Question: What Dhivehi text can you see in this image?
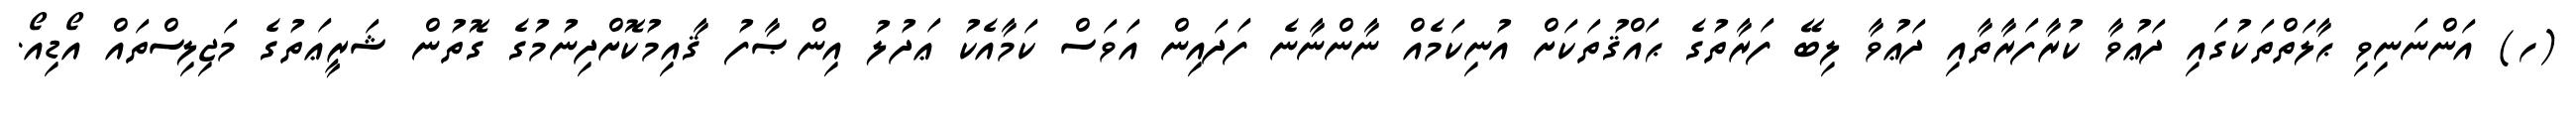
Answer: (ހ) އަންނަނިވި ޙާލަތްތަކުގައި ދަޢުވާ ކުރާފަރާތާއި ދަޢުވާ ލިބޭ ފަރާތުގެ ޙައްޤުތަކަށް އުނިކަމެއް ނާންނާނެ ފަދައިން އަވަސް ކަމާއެކު ޢަދުލު އިންޞާފު ޤާއިމުކޮށްދިނުމުގެ ގޮތުން ޝަރީޢަތުގެ މަޖިލިސްތައް އޯޑިއޯ.